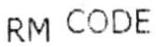
RM CODE